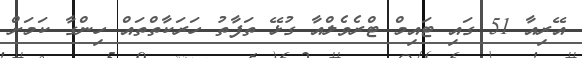
އޭރިއާ 51 ގައި ޓައިމް ޓްރެވެލްއާ ގުޅޭ ތަފާތު ހަރަކާތްތައް ހިންގާ ކަމަށް